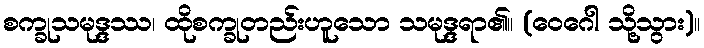
စက္ခုသမုဒ္ဒဿ၊ ထိုစက္ခုတည်းဟူသော သမုဒ္ဒရာ၏။ (ဝေဂေါ သို့သွား)။